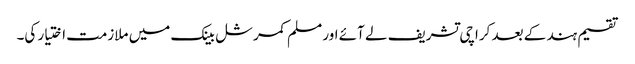
تقسیم ہند کے بعد کراچی تشریف لے آئے اور مسلم کمرشل بینک میں ملازمت اختیار کی۔